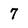
Character: 7